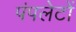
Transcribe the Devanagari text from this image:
पंपलेटों